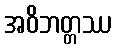
အဝိဘတ္တဿ